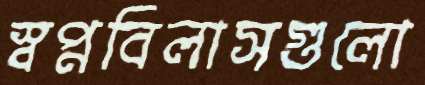
স্বপ্নবিলাসগুলো